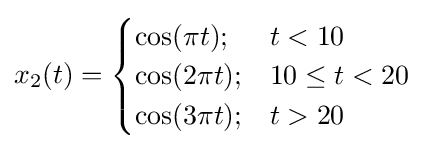
x_{2}(t)={\begin{cases}\cos(\pi t);&t<10\\\cos(2\pi t);&10\leq t<20\\\cos(3\pi t);&t>20\end{cases}}